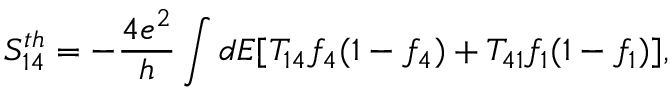
{ S _ { 1 4 } ^ { t h } } = - \frac { 4 e ^ { 2 } } { h } \int d E [ T _ { 1 4 } f _ { 4 } ( 1 - f _ { 4 } ) + T _ { 4 1 } f _ { 1 } ( 1 - f _ { 1 } ) ] ,